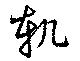
軓